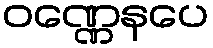
ဝဏ္ဏေနပေ